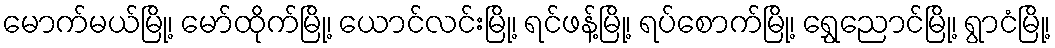
မောက်မယ်မြို့၊ မော်ထိုက်မြို့၊ ယောင်လင်းမြို့၊ ရင်ဖန့်မြို့၊ ရပ်စောက်မြို့၊ ရွှေညောင်မြို့၊ ရွာငံမြို့၊